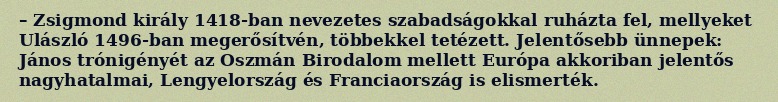
– Zsigmond király 1418-ban nevezetes szabadságokkal ruházta fel, mellyeket Ulászló 1496-ban megerősítvén, többekkel tetézett. Jelentősebb ünnepek: János trónigényét az Oszmán Birodalom mellett Európa akkoriban jelentős nagyhatalmai, Lengyelország és Franciaország is elismerték.